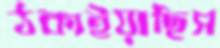
ঠকাইয়াছিস